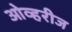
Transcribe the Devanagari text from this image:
ओव्हरीज